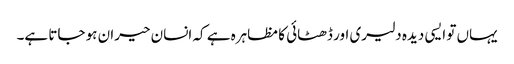
یہاں تو ایسی دیدہ دلیری اور ڈھٹائی کا مظاہرہ ہے کہ انسان حیران ہو جاتا ہے۔